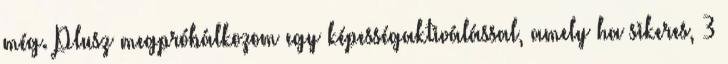
még. Plusz megpróbálkozom egy képességaktiválással, amely ha sikeres, 3